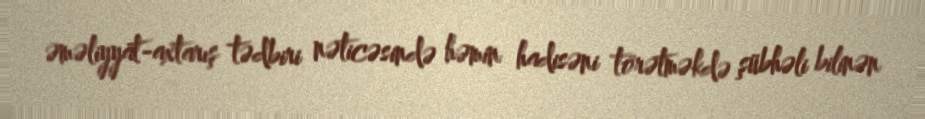
əməliyyat-axtarış tədbiri nəticəsində həmin hadisəni törətməkdə şübhəli bilinən